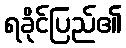
ရခိုင်ပြည်၏